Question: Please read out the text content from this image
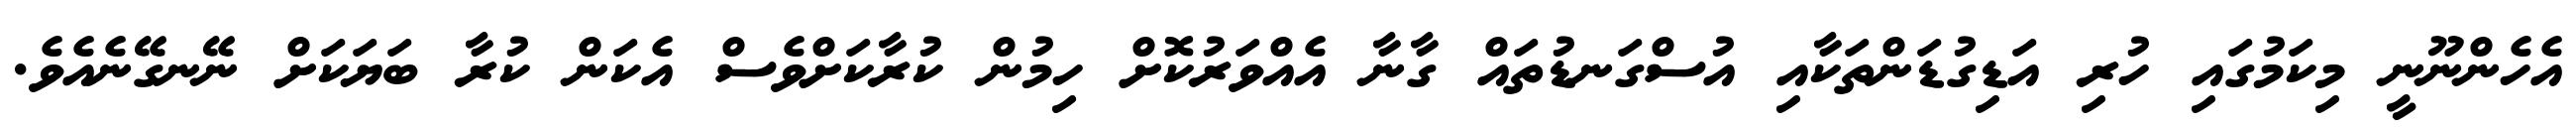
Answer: އެހެންނޫނީ މިކަމުގައި ހުރި އަޑިގުޑަންތަކާއި އުސްގަނޑުތައް ގާނާ އެއްވަރުކޮށް ހިމުން ކުރާކަށްވެސް އެކަން ކުރާ ބަޔަކަށް ނޭނގޭނެއެވެ.